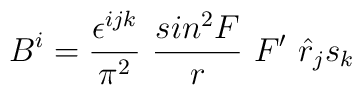
B^i= \frac{\epsilon^{ijk}}{\pi^2}~\frac{sin^2F}{r}~F'~{\hat{r}}_j s_k